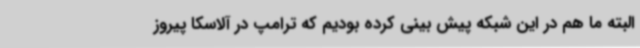
البته ما هم در این شبکه پیش بینی کرده بودیم که ترامپ در آلاسکا پیروز